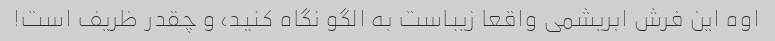
اوه این فرش ابریشمی واقعا زیباست به الگو نگاه کنید، و چقدر ظریف است!